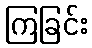
ကြခြင်း